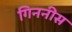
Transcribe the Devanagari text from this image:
गिननीस